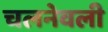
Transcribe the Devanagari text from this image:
चलनेवली